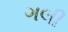
ગલી